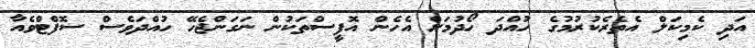
އަދި ކެމިކަލް އެތެރެކުރުމުގެ ހުއްދަ ހޯދުމަށް އެހެން އޮފީސްތަކުން ނަގަންޖެހޭ ހުއްދަވެސް ސޮފްޓްވެއާ